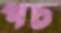
পচ